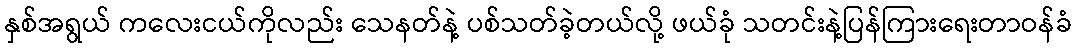
နှစ်အရွယ် ကလေးငယ်ကိုလည်း သေနတ်နဲ့ ပစ်သတ်ခဲ့တယ်လို့ ဖယ်ခုံ သတင်းနဲ့ပြန်ကြားရေးတာဝန်ခံ